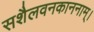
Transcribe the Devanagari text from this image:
सशैलवनकाननाम्।